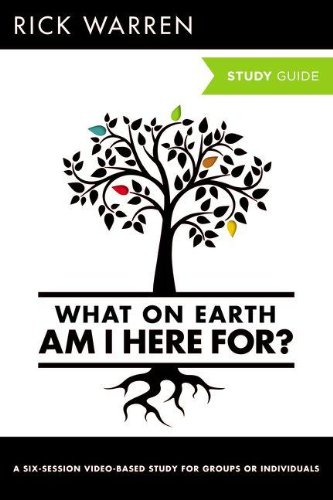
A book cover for What On Earth Am I Here For? Study Guide (The Purpose Driven Life); Rick Warren; Christian Books & Bibles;